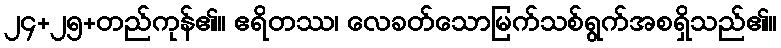
၂၄+၂၅+တည်ကုန်၏။ ဧရိတဿ၊ လေခတ်သောမြက်သစ်ရွက်အစရှိသည်၏။